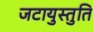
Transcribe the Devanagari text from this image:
जटायुस्तुति